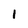
Character: I